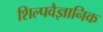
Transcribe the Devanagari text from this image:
शिल्पवैज्ञानिक